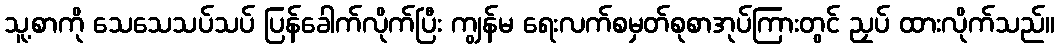
သူ့စာကို သေသေသပ်သပ် ပြန်ခေါက်လိုက်ပြီး ကျွန်မ ရေးလက်စမှတ်စုစာအုပ်ကြားတွင် ညှပ် ထားလိုက်သည်။